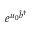
e ^ { u _ { 0 } \hat { b } ^ { \dagger } }